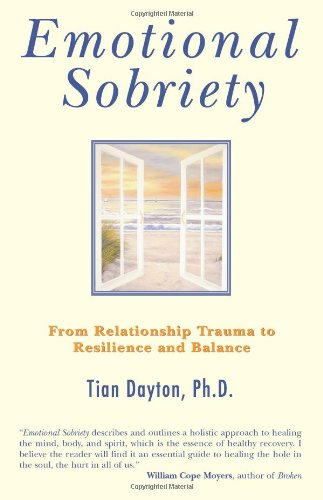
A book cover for Emotional Sobriety: From Relationship Trauma to Resilience and Balance; Tian Dayton; Health, Fitness & Dieting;